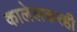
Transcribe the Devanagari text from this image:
कालेलकरही